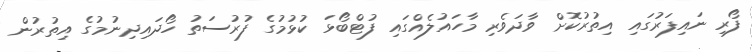
ފޯރި ނައިފަރުގައި އިތުރުކޮށް ވާދަވެރި މާހައުލެއްގައި ފުޓްބޯޅަ ކުޅުމުގެ ފުރުސަތު ހޯދައިދިނުމުގެ އިތުރުން